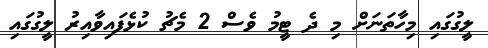
ލީގުގައި މިހާތަނަށް މި ދެ ޓީމު ވެސް 2 މެޗު ކުޅެފައިވާއިރު ލީގުގައި